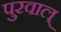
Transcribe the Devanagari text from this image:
पुरवाल्